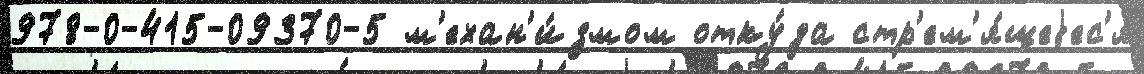
978-0-415-09370-5 м'ехан'и́змом отку́да стр'ем'я́щеjес'я